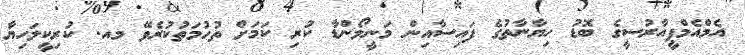
އެމްއެމްޕީއާރުސީގެ ބޮޑު ހިޔާނާތުގެ ފައިސާއިން މަނީލޯންޑާ ކުރި ކަމަށް ތުހުމަތުކުރެވޭ މއ. ކުރިކީލަހިޔާ